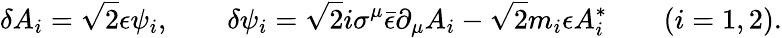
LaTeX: \delta A_{i}=\sqrt{2}\epsilon\psi_{i},\qquad\delta\psi_{i}=\sqrt{2}i\sigma^{\mu}\bar{\epsilon}\partial_{\mu}A_{i}-\sqrt{2}m_{i}\epsilon A_{i}^{*}\qquad(i=1,2).